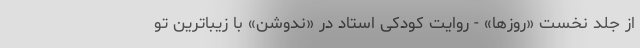
از جلد نخست «روزها» - روایت کودکی استاد در «ندوشن» با زیباترین تو